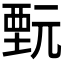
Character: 𲁋